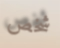
شخص